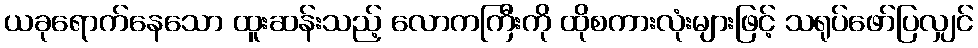
ယခုရောက်နေသော ထူးဆန်းသည့် လောကကြီးကို ထိုစကားလုံးများဖြင့် သရုပ်ဖော်ပြလျှင်